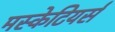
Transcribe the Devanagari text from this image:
मस्केटियर्स